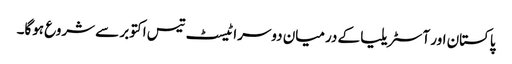
پاکستان اور آسٹریلیا کے درمیان دوسرا ٹیسٹ تیس اکتوبر سے شروع ہوگا۔